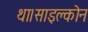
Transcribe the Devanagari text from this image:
था।साइक्लोन